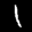
Label: 1